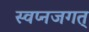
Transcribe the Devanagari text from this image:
स्वप्नजगत्‌